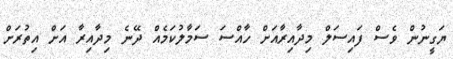
ޔަގީނުން ވެސް ފައިސަލް މިދާއިރާއަށް ހާއްސަ ސަމާލުކަމެއް ދޭނެ މިދާއިރާ އަށް އިތުރަށް